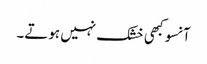
آنسو کبھی خشک نہیں ہوتے۔